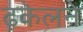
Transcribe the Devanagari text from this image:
ढ़केलने